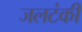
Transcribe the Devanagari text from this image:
जलटंकी